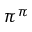
\pi ^ { \pi }